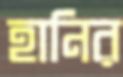
হানির